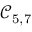
\mathcal { C } _ { 5 , 7 }